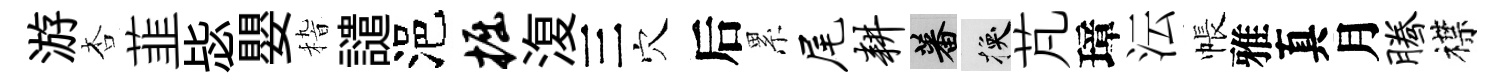
游杏韮毖嬰𥟵譴浥掘𣸪三穴后累尾耕蕃换芃璋沄帳雅真月腾襟